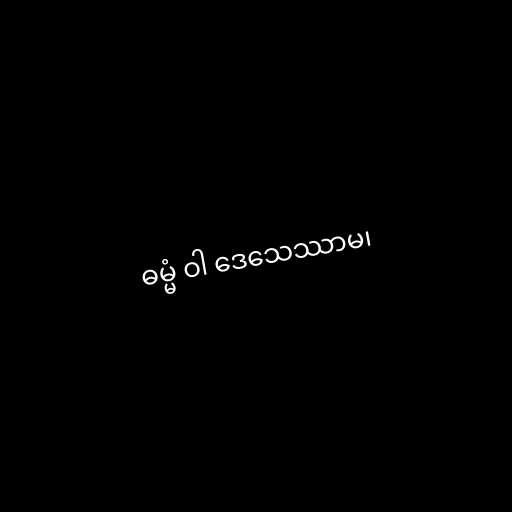
ဓမ္မံ ဝါ ဒေသေဿာမ၊